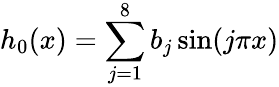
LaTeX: h_{0}(x)=\sum_{j=1}^{8}b_{j}\sin(j\pi x)